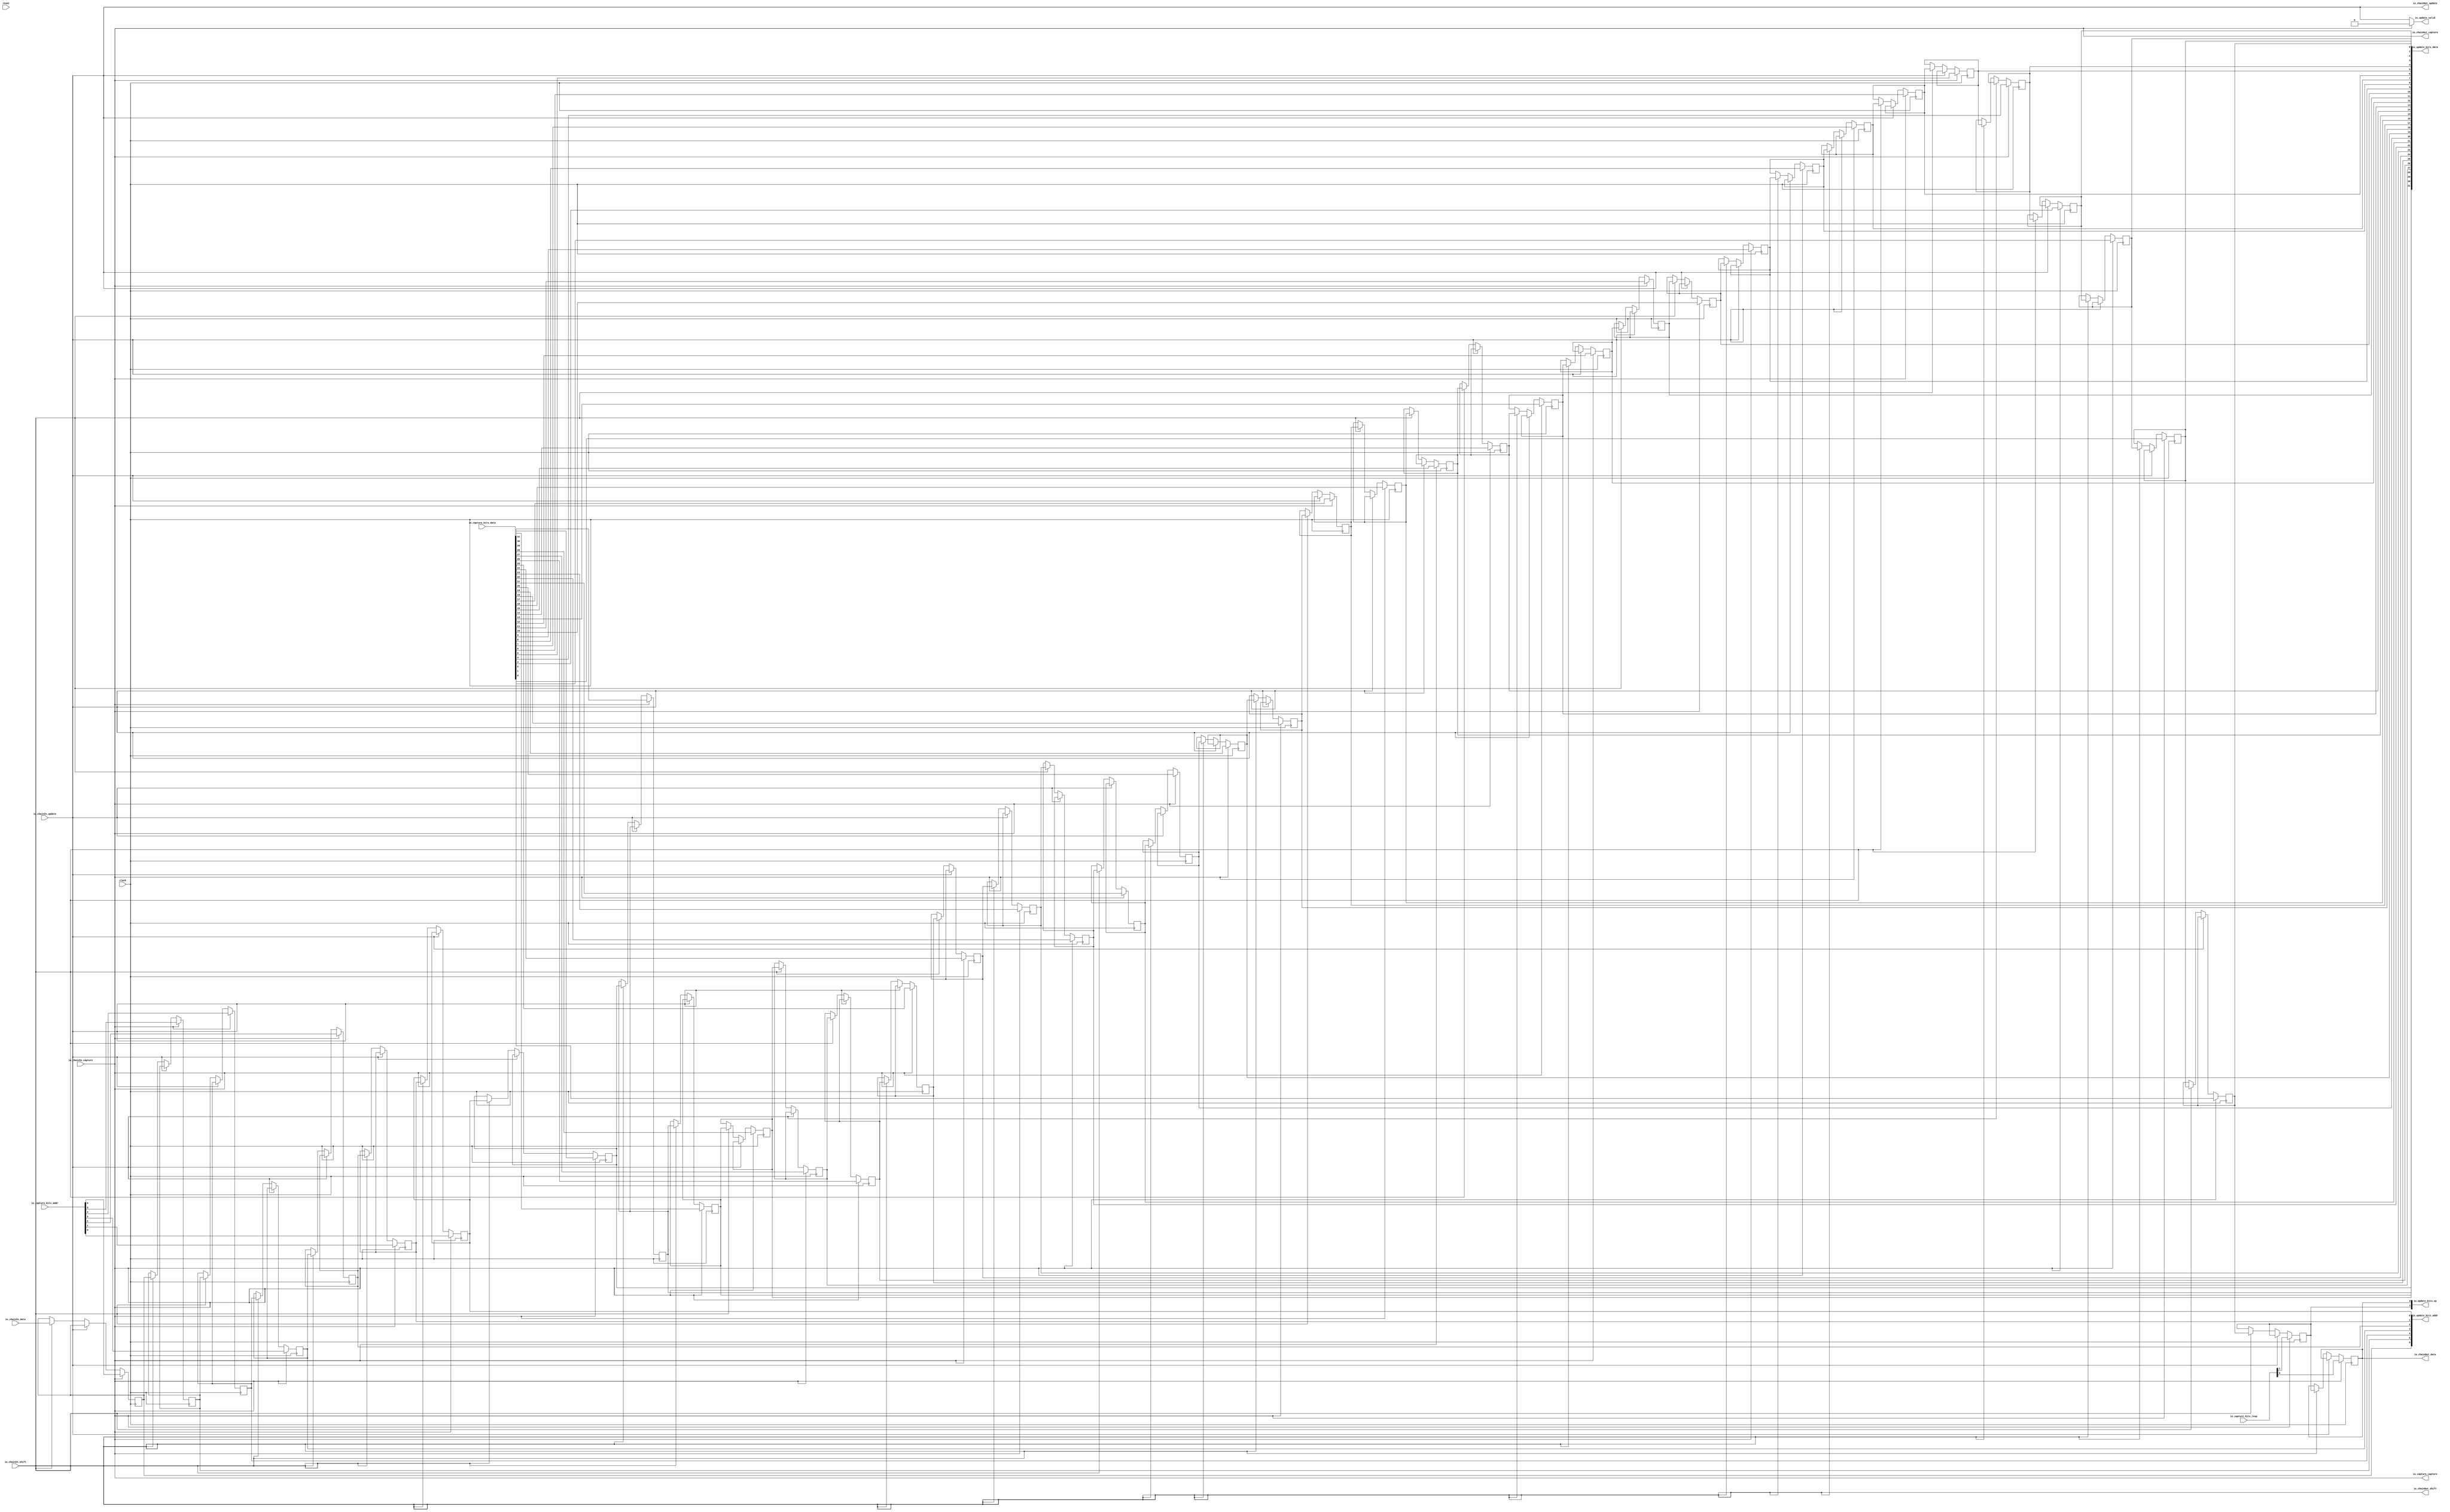
module CaptureUpdateChain_1(
  input         clock,
  input         reset,
  input         io_chainIn_shift,
  input         io_chainIn_data,
  input         io_chainIn_capture,
  input         io_chainIn_update,
  output        io_chainOut_shift,
  output        io_chainOut_data,
  output        io_chainOut_capture,
  output        io_chainOut_update,
  input  [6:0]  io_capture_bits_addr,
  input  [31:0] io_capture_bits_data,
  input  [1:0]  io_capture_bits_resp,
  output        io_capture_capture,
  output        io_update_valid,
  output [6:0]  io_update_bits_addr,
  output [31:0] io_update_bits_data,
  output [1:0]  io_update_bits_op
);
`ifdef RANDOMIZE_REG_INIT
  reg [31:0] _RAND_0;
  reg [31:0] _RAND_1;
  reg [31:0] _RAND_2;
  reg [31:0] _RAND_3;
  reg [31:0] _RAND_4;
  reg [31:0] _RAND_5;
  reg [31:0] _RAND_6;
  reg [31:0] _RAND_7;
  reg [31:0] _RAND_8;
  reg [31:0] _RAND_9;
  reg [31:0] _RAND_10;
  reg [31:0] _RAND_11;
  reg [31:0] _RAND_12;
  reg [31:0] _RAND_13;
  reg [31:0] _RAND_14;
  reg [31:0] _RAND_15;
  reg [31:0] _RAND_16;
  reg [31:0] _RAND_17;
  reg [31:0] _RAND_18;
  reg [31:0] _RAND_19;
  reg [31:0] _RAND_20;
  reg [31:0] _RAND_21;
  reg [31:0] _RAND_22;
  reg [31:0] _RAND_23;
  reg [31:0] _RAND_24;
  reg [31:0] _RAND_25;
  reg [31:0] _RAND_26;
  reg [31:0] _RAND_27;
  reg [31:0] _RAND_28;
  reg [31:0] _RAND_29;
  reg [31:0] _RAND_30;
  reg [31:0] _RAND_31;
  reg [31:0] _RAND_32;
  reg [31:0] _RAND_33;
  reg [31:0] _RAND_34;
  reg [31:0] _RAND_35;
  reg [31:0] _RAND_36;
  reg [31:0] _RAND_37;
  reg [31:0] _RAND_38;
  reg [31:0] _RAND_39;
  reg [31:0] _RAND_40;
`endif // RANDOMIZE_REG_INIT
  reg  regs_0; // @[JtagShifter.scala 155:39]
  reg  regs_1; // @[JtagShifter.scala 155:39]
  reg  regs_2; // @[JtagShifter.scala 155:39]
  reg  regs_3; // @[JtagShifter.scala 155:39]
  reg  regs_4; // @[JtagShifter.scala 155:39]
  reg  regs_5; // @[JtagShifter.scala 155:39]
  reg  regs_6; // @[JtagShifter.scala 155:39]
  reg  regs_7; // @[JtagShifter.scala 155:39]
  reg  regs_8; // @[JtagShifter.scala 155:39]
  reg  regs_9; // @[JtagShifter.scala 155:39]
  reg  regs_10; // @[JtagShifter.scala 155:39]
  reg  regs_11; // @[JtagShifter.scala 155:39]
  reg  regs_12; // @[JtagShifter.scala 155:39]
  reg  regs_13; // @[JtagShifter.scala 155:39]
  reg  regs_14; // @[JtagShifter.scala 155:39]
  reg  regs_15; // @[JtagShifter.scala 155:39]
  reg  regs_16; // @[JtagShifter.scala 155:39]
  reg  regs_17; // @[JtagShifter.scala 155:39]
  reg  regs_18; // @[JtagShifter.scala 155:39]
  reg  regs_19; // @[JtagShifter.scala 155:39]
  reg  regs_20; // @[JtagShifter.scala 155:39]
  reg  regs_21; // @[JtagShifter.scala 155:39]
  reg  regs_22; // @[JtagShifter.scala 155:39]
  reg  regs_23; // @[JtagShifter.scala 155:39]
  reg  regs_24; // @[JtagShifter.scala 155:39]
  reg  regs_25; // @[JtagShifter.scala 155:39]
  reg  regs_26; // @[JtagShifter.scala 155:39]
  reg  regs_27; // @[JtagShifter.scala 155:39]
  reg  regs_28; // @[JtagShifter.scala 155:39]
  reg  regs_29; // @[JtagShifter.scala 155:39]
  reg  regs_30; // @[JtagShifter.scala 155:39]
  reg  regs_31; // @[JtagShifter.scala 155:39]
  reg  regs_32; // @[JtagShifter.scala 155:39]
  reg  regs_33; // @[JtagShifter.scala 155:39]
  reg  regs_34; // @[JtagShifter.scala 155:39]
  reg  regs_35; // @[JtagShifter.scala 155:39]
  reg  regs_36; // @[JtagShifter.scala 155:39]
  reg  regs_37; // @[JtagShifter.scala 155:39]
  reg  regs_38; // @[JtagShifter.scala 155:39]
  reg  regs_39; // @[JtagShifter.scala 155:39]
  reg  regs_40; // @[JtagShifter.scala 155:39]
  wire [9:0] updateBits_lo_lo = {regs_9,regs_8,regs_7,regs_6,regs_5,regs_4,regs_3,regs_2,regs_1,regs_0}; // @[Cat.scala 30:58]
  wire [9:0] updateBits_lo_hi = {regs_19,regs_18,regs_17,regs_16,regs_15,regs_14,regs_13,regs_12,regs_11,regs_10}; // @[Cat.scala 30:58]
  wire [9:0] updateBits_hi_lo = {regs_29,regs_28,regs_27,regs_26,regs_25,regs_24,regs_23,regs_22,regs_21,regs_20}; // @[Cat.scala 30:58]
  wire [4:0] updateBits_hi_hi_lo = {regs_34,regs_33,regs_32,regs_31,regs_30}; // @[Cat.scala 30:58]
  wire [40:0] updateBits = {regs_40,regs_39,regs_38,regs_37,regs_36,regs_35,updateBits_hi_hi_lo,updateBits_hi_lo,
    updateBits_lo_hi,updateBits_lo_lo}; // @[Cat.scala 30:58]
  wire [40:0] captureBits = {io_capture_bits_addr,io_capture_bits_data,io_capture_bits_resp}; // @[JtagShifter.scala 162:43]
  wire  _T_1 = ~(io_chainIn_capture & io_chainIn_update); // @[JtagShifter.scala 184:10]
  wire  _T_4 = _T_1 & ~(io_chainIn_capture & io_chainIn_shift); // @[JtagShifter.scala 185:7]
  wire  _T_7 = _T_4 & ~(io_chainIn_update & io_chainIn_shift); // @[JtagShifter.scala 186:7]
  assign io_chainOut_shift = io_chainIn_shift; // @[JtagShifter.scala 25:11]
  assign io_chainOut_data = regs_0; // @[JtagShifter.scala 157:20]
  assign io_chainOut_capture = io_chainIn_capture; // @[JtagShifter.scala 26:13]
  assign io_chainOut_update = io_chainIn_update; // @[JtagShifter.scala 27:12]
  assign io_capture_capture = io_chainIn_capture; // @[JtagShifter.scala 167:29 JtagShifter.scala 170:24]
  assign io_update_valid = io_chainIn_capture ? 1'h0 : io_chainIn_update; // @[JtagShifter.scala 167:29 JtagShifter.scala 171:21]
  assign io_update_bits_addr = updateBits[40:34]; // @[JtagShifter.scala 160:40]
  assign io_update_bits_data = updateBits[33:2]; // @[JtagShifter.scala 160:40]
  assign io_update_bits_op = updateBits[1:0]; // @[JtagShifter.scala 160:40]
  always @(posedge clock) begin
    if (io_chainIn_capture) begin // @[JtagShifter.scala 167:29]
      regs_0 <= captureBits[0]; // @[JtagShifter.scala 168:59]
    end else if (!(io_chainIn_update)) begin // @[JtagShifter.scala 172:35]
      if (io_chainIn_shift) begin // @[JtagShifter.scala 175:34]
        regs_0 <= regs_1; // @[JtagShifter.scala 177:37]
      end
    end
    if (io_chainIn_capture) begin // @[JtagShifter.scala 167:29]
      regs_1 <= captureBits[1]; // @[JtagShifter.scala 168:59]
    end else if (!(io_chainIn_update)) begin // @[JtagShifter.scala 172:35]
      if (io_chainIn_shift) begin // @[JtagShifter.scala 175:34]
        regs_1 <= regs_2; // @[JtagShifter.scala 177:37]
      end
    end
    if (io_chainIn_capture) begin // @[JtagShifter.scala 167:29]
      regs_2 <= captureBits[2]; // @[JtagShifter.scala 168:59]
    end else if (!(io_chainIn_update)) begin // @[JtagShifter.scala 172:35]
      if (io_chainIn_shift) begin // @[JtagShifter.scala 175:34]
        regs_2 <= regs_3; // @[JtagShifter.scala 177:37]
      end
    end
    if (io_chainIn_capture) begin // @[JtagShifter.scala 167:29]
      regs_3 <= captureBits[3]; // @[JtagShifter.scala 168:59]
    end else if (!(io_chainIn_update)) begin // @[JtagShifter.scala 172:35]
      if (io_chainIn_shift) begin // @[JtagShifter.scala 175:34]
        regs_3 <= regs_4; // @[JtagShifter.scala 177:37]
      end
    end
    if (io_chainIn_capture) begin // @[JtagShifter.scala 167:29]
      regs_4 <= captureBits[4]; // @[JtagShifter.scala 168:59]
    end else if (!(io_chainIn_update)) begin // @[JtagShifter.scala 172:35]
      if (io_chainIn_shift) begin // @[JtagShifter.scala 175:34]
        regs_4 <= regs_5; // @[JtagShifter.scala 177:37]
      end
    end
    if (io_chainIn_capture) begin // @[JtagShifter.scala 167:29]
      regs_5 <= captureBits[5]; // @[JtagShifter.scala 168:59]
    end else if (!(io_chainIn_update)) begin // @[JtagShifter.scala 172:35]
      if (io_chainIn_shift) begin // @[JtagShifter.scala 175:34]
        regs_5 <= regs_6; // @[JtagShifter.scala 177:37]
      end
    end
    if (io_chainIn_capture) begin // @[JtagShifter.scala 167:29]
      regs_6 <= captureBits[6]; // @[JtagShifter.scala 168:59]
    end else if (!(io_chainIn_update)) begin // @[JtagShifter.scala 172:35]
      if (io_chainIn_shift) begin // @[JtagShifter.scala 175:34]
        regs_6 <= regs_7; // @[JtagShifter.scala 177:37]
      end
    end
    if (io_chainIn_capture) begin // @[JtagShifter.scala 167:29]
      regs_7 <= captureBits[7]; // @[JtagShifter.scala 168:59]
    end else if (!(io_chainIn_update)) begin // @[JtagShifter.scala 172:35]
      if (io_chainIn_shift) begin // @[JtagShifter.scala 175:34]
        regs_7 <= regs_8; // @[JtagShifter.scala 177:37]
      end
    end
    if (io_chainIn_capture) begin // @[JtagShifter.scala 167:29]
      regs_8 <= captureBits[8]; // @[JtagShifter.scala 168:59]
    end else if (!(io_chainIn_update)) begin // @[JtagShifter.scala 172:35]
      if (io_chainIn_shift) begin // @[JtagShifter.scala 175:34]
        regs_8 <= regs_9; // @[JtagShifter.scala 177:37]
      end
    end
    if (io_chainIn_capture) begin // @[JtagShifter.scala 167:29]
      regs_9 <= captureBits[9]; // @[JtagShifter.scala 168:59]
    end else if (!(io_chainIn_update)) begin // @[JtagShifter.scala 172:35]
      if (io_chainIn_shift) begin // @[JtagShifter.scala 175:34]
        regs_9 <= regs_10; // @[JtagShifter.scala 177:37]
      end
    end
    if (io_chainIn_capture) begin // @[JtagShifter.scala 167:29]
      regs_10 <= captureBits[10]; // @[JtagShifter.scala 168:59]
    end else if (!(io_chainIn_update)) begin // @[JtagShifter.scala 172:35]
      if (io_chainIn_shift) begin // @[JtagShifter.scala 175:34]
        regs_10 <= regs_11; // @[JtagShifter.scala 177:37]
      end
    end
    if (io_chainIn_capture) begin // @[JtagShifter.scala 167:29]
      regs_11 <= captureBits[11]; // @[JtagShifter.scala 168:59]
    end else if (!(io_chainIn_update)) begin // @[JtagShifter.scala 172:35]
      if (io_chainIn_shift) begin // @[JtagShifter.scala 175:34]
        regs_11 <= regs_12; // @[JtagShifter.scala 177:37]
      end
    end
    if (io_chainIn_capture) begin // @[JtagShifter.scala 167:29]
      regs_12 <= captureBits[12]; // @[JtagShifter.scala 168:59]
    end else if (!(io_chainIn_update)) begin // @[JtagShifter.scala 172:35]
      if (io_chainIn_shift) begin // @[JtagShifter.scala 175:34]
        regs_12 <= regs_13; // @[JtagShifter.scala 177:37]
      end
    end
    if (io_chainIn_capture) begin // @[JtagShifter.scala 167:29]
      regs_13 <= captureBits[13]; // @[JtagShifter.scala 168:59]
    end else if (!(io_chainIn_update)) begin // @[JtagShifter.scala 172:35]
      if (io_chainIn_shift) begin // @[JtagShifter.scala 175:34]
        regs_13 <= regs_14; // @[JtagShifter.scala 177:37]
      end
    end
    if (io_chainIn_capture) begin // @[JtagShifter.scala 167:29]
      regs_14 <= captureBits[14]; // @[JtagShifter.scala 168:59]
    end else if (!(io_chainIn_update)) begin // @[JtagShifter.scala 172:35]
      if (io_chainIn_shift) begin // @[JtagShifter.scala 175:34]
        regs_14 <= regs_15; // @[JtagShifter.scala 177:37]
      end
    end
    if (io_chainIn_capture) begin // @[JtagShifter.scala 167:29]
      regs_15 <= captureBits[15]; // @[JtagShifter.scala 168:59]
    end else if (!(io_chainIn_update)) begin // @[JtagShifter.scala 172:35]
      if (io_chainIn_shift) begin // @[JtagShifter.scala 175:34]
        regs_15 <= regs_16; // @[JtagShifter.scala 177:37]
      end
    end
    if (io_chainIn_capture) begin // @[JtagShifter.scala 167:29]
      regs_16 <= captureBits[16]; // @[JtagShifter.scala 168:59]
    end else if (!(io_chainIn_update)) begin // @[JtagShifter.scala 172:35]
      if (io_chainIn_shift) begin // @[JtagShifter.scala 175:34]
        regs_16 <= regs_17; // @[JtagShifter.scala 177:37]
      end
    end
    if (io_chainIn_capture) begin // @[JtagShifter.scala 167:29]
      regs_17 <= captureBits[17]; // @[JtagShifter.scala 168:59]
    end else if (!(io_chainIn_update)) begin // @[JtagShifter.scala 172:35]
      if (io_chainIn_shift) begin // @[JtagShifter.scala 175:34]
        regs_17 <= regs_18; // @[JtagShifter.scala 177:37]
      end
    end
    if (io_chainIn_capture) begin // @[JtagShifter.scala 167:29]
      regs_18 <= captureBits[18]; // @[JtagShifter.scala 168:59]
    end else if (!(io_chainIn_update)) begin // @[JtagShifter.scala 172:35]
      if (io_chainIn_shift) begin // @[JtagShifter.scala 175:34]
        regs_18 <= regs_19; // @[JtagShifter.scala 177:37]
      end
    end
    if (io_chainIn_capture) begin // @[JtagShifter.scala 167:29]
      regs_19 <= captureBits[19]; // @[JtagShifter.scala 168:59]
    end else if (!(io_chainIn_update)) begin // @[JtagShifter.scala 172:35]
      if (io_chainIn_shift) begin // @[JtagShifter.scala 175:34]
        regs_19 <= regs_20; // @[JtagShifter.scala 177:37]
      end
    end
    if (io_chainIn_capture) begin // @[JtagShifter.scala 167:29]
      regs_20 <= captureBits[20]; // @[JtagShifter.scala 168:59]
    end else if (!(io_chainIn_update)) begin // @[JtagShifter.scala 172:35]
      if (io_chainIn_shift) begin // @[JtagShifter.scala 175:34]
        regs_20 <= regs_21; // @[JtagShifter.scala 177:37]
      end
    end
    if (io_chainIn_capture) begin // @[JtagShifter.scala 167:29]
      regs_21 <= captureBits[21]; // @[JtagShifter.scala 168:59]
    end else if (!(io_chainIn_update)) begin // @[JtagShifter.scala 172:35]
      if (io_chainIn_shift) begin // @[JtagShifter.scala 175:34]
        regs_21 <= regs_22; // @[JtagShifter.scala 177:37]
      end
    end
    if (io_chainIn_capture) begin // @[JtagShifter.scala 167:29]
      regs_22 <= captureBits[22]; // @[JtagShifter.scala 168:59]
    end else if (!(io_chainIn_update)) begin // @[JtagShifter.scala 172:35]
      if (io_chainIn_shift) begin // @[JtagShifter.scala 175:34]
        regs_22 <= regs_23; // @[JtagShifter.scala 177:37]
      end
    end
    if (io_chainIn_capture) begin // @[JtagShifter.scala 167:29]
      regs_23 <= captureBits[23]; // @[JtagShifter.scala 168:59]
    end else if (!(io_chainIn_update)) begin // @[JtagShifter.scala 172:35]
      if (io_chainIn_shift) begin // @[JtagShifter.scala 175:34]
        regs_23 <= regs_24; // @[JtagShifter.scala 177:37]
      end
    end
    if (io_chainIn_capture) begin // @[JtagShifter.scala 167:29]
      regs_24 <= captureBits[24]; // @[JtagShifter.scala 168:59]
    end else if (!(io_chainIn_update)) begin // @[JtagShifter.scala 172:35]
      if (io_chainIn_shift) begin // @[JtagShifter.scala 175:34]
        regs_24 <= regs_25; // @[JtagShifter.scala 177:37]
      end
    end
    if (io_chainIn_capture) begin // @[JtagShifter.scala 167:29]
      regs_25 <= captureBits[25]; // @[JtagShifter.scala 168:59]
    end else if (!(io_chainIn_update)) begin // @[JtagShifter.scala 172:35]
      if (io_chainIn_shift) begin // @[JtagShifter.scala 175:34]
        regs_25 <= regs_26; // @[JtagShifter.scala 177:37]
      end
    end
    if (io_chainIn_capture) begin // @[JtagShifter.scala 167:29]
      regs_26 <= captureBits[26]; // @[JtagShifter.scala 168:59]
    end else if (!(io_chainIn_update)) begin // @[JtagShifter.scala 172:35]
      if (io_chainIn_shift) begin // @[JtagShifter.scala 175:34]
        regs_26 <= regs_27; // @[JtagShifter.scala 177:37]
      end
    end
    if (io_chainIn_capture) begin // @[JtagShifter.scala 167:29]
      regs_27 <= captureBits[27]; // @[JtagShifter.scala 168:59]
    end else if (!(io_chainIn_update)) begin // @[JtagShifter.scala 172:35]
      if (io_chainIn_shift) begin // @[JtagShifter.scala 175:34]
        regs_27 <= regs_28; // @[JtagShifter.scala 177:37]
      end
    end
    if (io_chainIn_capture) begin // @[JtagShifter.scala 167:29]
      regs_28 <= captureBits[28]; // @[JtagShifter.scala 168:59]
    end else if (!(io_chainIn_update)) begin // @[JtagShifter.scala 172:35]
      if (io_chainIn_shift) begin // @[JtagShifter.scala 175:34]
        regs_28 <= regs_29; // @[JtagShifter.scala 177:37]
      end
    end
    if (io_chainIn_capture) begin // @[JtagShifter.scala 167:29]
      regs_29 <= captureBits[29]; // @[JtagShifter.scala 168:59]
    end else if (!(io_chainIn_update)) begin // @[JtagShifter.scala 172:35]
      if (io_chainIn_shift) begin // @[JtagShifter.scala 175:34]
        regs_29 <= regs_30; // @[JtagShifter.scala 177:37]
      end
    end
    if (io_chainIn_capture) begin // @[JtagShifter.scala 167:29]
      regs_30 <= captureBits[30]; // @[JtagShifter.scala 168:59]
    end else if (!(io_chainIn_update)) begin // @[JtagShifter.scala 172:35]
      if (io_chainIn_shift) begin // @[JtagShifter.scala 175:34]
        regs_30 <= regs_31; // @[JtagShifter.scala 177:37]
      end
    end
    if (io_chainIn_capture) begin // @[JtagShifter.scala 167:29]
      regs_31 <= captureBits[31]; // @[JtagShifter.scala 168:59]
    end else if (!(io_chainIn_update)) begin // @[JtagShifter.scala 172:35]
      if (io_chainIn_shift) begin // @[JtagShifter.scala 175:34]
        regs_31 <= regs_32; // @[JtagShifter.scala 177:37]
      end
    end
    if (io_chainIn_capture) begin // @[JtagShifter.scala 167:29]
      regs_32 <= captureBits[32]; // @[JtagShifter.scala 168:59]
    end else if (!(io_chainIn_update)) begin // @[JtagShifter.scala 172:35]
      if (io_chainIn_shift) begin // @[JtagShifter.scala 175:34]
        regs_32 <= regs_33; // @[JtagShifter.scala 177:37]
      end
    end
    if (io_chainIn_capture) begin // @[JtagShifter.scala 167:29]
      regs_33 <= captureBits[33]; // @[JtagShifter.scala 168:59]
    end else if (!(io_chainIn_update)) begin // @[JtagShifter.scala 172:35]
      if (io_chainIn_shift) begin // @[JtagShifter.scala 175:34]
        regs_33 <= regs_34; // @[JtagShifter.scala 177:37]
      end
    end
    if (io_chainIn_capture) begin // @[JtagShifter.scala 167:29]
      regs_34 <= captureBits[34]; // @[JtagShifter.scala 168:59]
    end else if (!(io_chainIn_update)) begin // @[JtagShifter.scala 172:35]
      if (io_chainIn_shift) begin // @[JtagShifter.scala 175:34]
        regs_34 <= regs_35; // @[JtagShifter.scala 177:37]
      end
    end
    if (io_chainIn_capture) begin // @[JtagShifter.scala 167:29]
      regs_35 <= captureBits[35]; // @[JtagShifter.scala 168:59]
    end else if (!(io_chainIn_update)) begin // @[JtagShifter.scala 172:35]
      if (io_chainIn_shift) begin // @[JtagShifter.scala 175:34]
        regs_35 <= regs_36; // @[JtagShifter.scala 177:37]
      end
    end
    if (io_chainIn_capture) begin // @[JtagShifter.scala 167:29]
      regs_36 <= captureBits[36]; // @[JtagShifter.scala 168:59]
    end else if (!(io_chainIn_update)) begin // @[JtagShifter.scala 172:35]
      if (io_chainIn_shift) begin // @[JtagShifter.scala 175:34]
        regs_36 <= regs_37; // @[JtagShifter.scala 177:37]
      end
    end
    if (io_chainIn_capture) begin // @[JtagShifter.scala 167:29]
      regs_37 <= captureBits[37]; // @[JtagShifter.scala 168:59]
    end else if (!(io_chainIn_update)) begin // @[JtagShifter.scala 172:35]
      if (io_chainIn_shift) begin // @[JtagShifter.scala 175:34]
        regs_37 <= regs_38; // @[JtagShifter.scala 177:37]
      end
    end
    if (io_chainIn_capture) begin // @[JtagShifter.scala 167:29]
      regs_38 <= captureBits[38]; // @[JtagShifter.scala 168:59]
    end else if (!(io_chainIn_update)) begin // @[JtagShifter.scala 172:35]
      if (io_chainIn_shift) begin // @[JtagShifter.scala 175:34]
        regs_38 <= regs_39; // @[JtagShifter.scala 177:37]
      end
    end
    if (io_chainIn_capture) begin // @[JtagShifter.scala 167:29]
      regs_39 <= captureBits[39]; // @[JtagShifter.scala 168:59]
    end else if (!(io_chainIn_update)) begin // @[JtagShifter.scala 172:35]
      if (io_chainIn_shift) begin // @[JtagShifter.scala 175:34]
        regs_39 <= regs_40; // @[JtagShifter.scala 177:37]
      end
    end
    if (io_chainIn_capture) begin // @[JtagShifter.scala 167:29]
      regs_40 <= captureBits[40]; // @[JtagShifter.scala 168:59]
    end else if (!(io_chainIn_update)) begin // @[JtagShifter.scala 172:35]
      if (io_chainIn_shift) begin // @[JtagShifter.scala 175:34]
        regs_40 <= io_chainIn_data; // @[JtagShifter.scala 176:15]
      end
    end
    `ifndef SYNTHESIS
    `ifdef PRINTF_COND
      if (`PRINTF_COND) begin
    `endif
        if (~(_T_7 | reset)) begin
          $fwrite(32'h80000002,
            "Assertion failed\n    at JtagShifter.scala:184 assert(!(io.chainIn.capture && io.chainIn.update)\n"); // @[JtagShifter.scala 184:9]
        end
    `ifdef PRINTF_COND
      end
    `endif
    `endif // SYNTHESIS
    `ifndef SYNTHESIS
    `ifdef STOP_COND
      if (`STOP_COND) begin
    `endif
        if (~(_T_7 | reset)) begin
          $fatal; // @[JtagShifter.scala 184:9]
        end
    `ifdef STOP_COND
      end
    `endif
    `endif // SYNTHESIS
  end
// Register and memory initialization
`ifdef RANDOMIZE_GARBAGE_ASSIGN
`define RANDOMIZE
`endif
`ifdef RANDOMIZE_INVALID_ASSIGN
`define RANDOMIZE
`endif
`ifdef RANDOMIZE_REG_INIT
`define RANDOMIZE
`endif
`ifdef RANDOMIZE_MEM_INIT
`define RANDOMIZE
`endif
`ifndef RANDOM
`define RANDOM $random
`endif
`ifdef RANDOMIZE_MEM_INIT
  integer initvar;
`endif
`ifndef SYNTHESIS
`ifdef FIRRTL_BEFORE_INITIAL
`FIRRTL_BEFORE_INITIAL
`endif
initial begin
  `ifdef RANDOMIZE
    `ifdef INIT_RANDOM
      `INIT_RANDOM
    `endif
    `ifndef VERILATOR
      `ifdef RANDOMIZE_DELAY
        #`RANDOMIZE_DELAY begin end
      `else
        #0.002 begin end
      `endif
    `endif
`ifdef RANDOMIZE_REG_INIT
  _RAND_0 = {1{`RANDOM}};
  regs_0 = _RAND_0[0:0];
  _RAND_1 = {1{`RANDOM}};
  regs_1 = _RAND_1[0:0];
  _RAND_2 = {1{`RANDOM}};
  regs_2 = _RAND_2[0:0];
  _RAND_3 = {1{`RANDOM}};
  regs_3 = _RAND_3[0:0];
  _RAND_4 = {1{`RANDOM}};
  regs_4 = _RAND_4[0:0];
  _RAND_5 = {1{`RANDOM}};
  regs_5 = _RAND_5[0:0];
  _RAND_6 = {1{`RANDOM}};
  regs_6 = _RAND_6[0:0];
  _RAND_7 = {1{`RANDOM}};
  regs_7 = _RAND_7[0:0];
  _RAND_8 = {1{`RANDOM}};
  regs_8 = _RAND_8[0:0];
  _RAND_9 = {1{`RANDOM}};
  regs_9 = _RAND_9[0:0];
  _RAND_10 = {1{`RANDOM}};
  regs_10 = _RAND_10[0:0];
  _RAND_11 = {1{`RANDOM}};
  regs_11 = _RAND_11[0:0];
  _RAND_12 = {1{`RANDOM}};
  regs_12 = _RAND_12[0:0];
  _RAND_13 = {1{`RANDOM}};
  regs_13 = _RAND_13[0:0];
  _RAND_14 = {1{`RANDOM}};
  regs_14 = _RAND_14[0:0];
  _RAND_15 = {1{`RANDOM}};
  regs_15 = _RAND_15[0:0];
  _RAND_16 = {1{`RANDOM}};
  regs_16 = _RAND_16[0:0];
  _RAND_17 = {1{`RANDOM}};
  regs_17 = _RAND_17[0:0];
  _RAND_18 = {1{`RANDOM}};
  regs_18 = _RAND_18[0:0];
  _RAND_19 = {1{`RANDOM}};
  regs_19 = _RAND_19[0:0];
  _RAND_20 = {1{`RANDOM}};
  regs_20 = _RAND_20[0:0];
  _RAND_21 = {1{`RANDOM}};
  regs_21 = _RAND_21[0:0];
  _RAND_22 = {1{`RANDOM}};
  regs_22 = _RAND_22[0:0];
  _RAND_23 = {1{`RANDOM}};
  regs_23 = _RAND_23[0:0];
  _RAND_24 = {1{`RANDOM}};
  regs_24 = _RAND_24[0:0];
  _RAND_25 = {1{`RANDOM}};
  regs_25 = _RAND_25[0:0];
  _RAND_26 = {1{`RANDOM}};
  regs_26 = _RAND_26[0:0];
  _RAND_27 = {1{`RANDOM}};
  regs_27 = _RAND_27[0:0];
  _RAND_28 = {1{`RANDOM}};
  regs_28 = _RAND_28[0:0];
  _RAND_29 = {1{`RANDOM}};
  regs_29 = _RAND_29[0:0];
  _RAND_30 = {1{`RANDOM}};
  regs_30 = _RAND_30[0:0];
  _RAND_31 = {1{`RANDOM}};
  regs_31 = _RAND_31[0:0];
  _RAND_32 = {1{`RANDOM}};
  regs_32 = _RAND_32[0:0];
  _RAND_33 = {1{`RANDOM}};
  regs_33 = _RAND_33[0:0];
  _RAND_34 = {1{`RANDOM}};
  regs_34 = _RAND_34[0:0];
  _RAND_35 = {1{`RANDOM}};
  regs_35 = _RAND_35[0:0];
  _RAND_36 = {1{`RANDOM}};
  regs_36 = _RAND_36[0:0];
  _RAND_37 = {1{`RANDOM}};
  regs_37 = _RAND_37[0:0];
  _RAND_38 = {1{`RANDOM}};
  regs_38 = _RAND_38[0:0];
  _RAND_39 = {1{`RANDOM}};
  regs_39 = _RAND_39[0:0];
  _RAND_40 = {1{`RANDOM}};
  regs_40 = _RAND_40[0:0];
`endif // RANDOMIZE_REG_INIT
  `endif // RANDOMIZE
end // initial
`ifdef FIRRTL_AFTER_INITIAL
`FIRRTL_AFTER_INITIAL
`endif
`endif // SYNTHESIS
endmodule